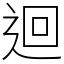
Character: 迴